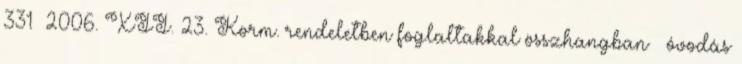
331 2006. XII. 23. Korm. rendeletben foglaltakkal összhangban – óvodás